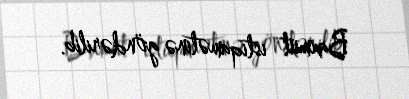
Baxmut istiqamətinə göndərilib.